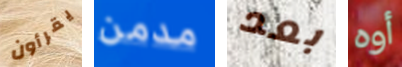
يقرأون مدمن بعد أوه